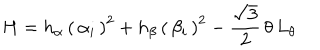
H = h _ { \alpha } \, \left( \, \alpha _ { i } \, \right) ^ { 2 } + h _ { \beta } \, \left( \, \beta _ { i } \, \right) ^ { 2 } - \frac { \sqrt 3 } { 2 } \, \theta \, L _ { \theta }